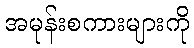
အမုန်းစကားများကို